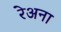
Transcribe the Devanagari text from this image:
रेअना